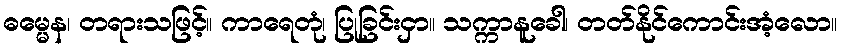
ဓမ္မေန၊ တရားသဖြင့်။ ကာရေတုံ၊ ပြုခြင်းငှာ။ သက္ကာနူခေါ၊ တတ်နိုင်ကောင်းအံ့လော။